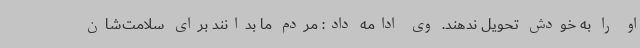
او را به خودش تحویل ندهند. وی ادامه داد: مردم ما بدانند برای سلامت‌شان